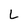
Character: L